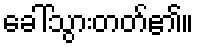
ခေါ်သွားတတ်၏။